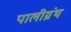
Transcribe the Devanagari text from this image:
पालीग्रंथ